Annual report on the lock hospitals of the Madras Presidency
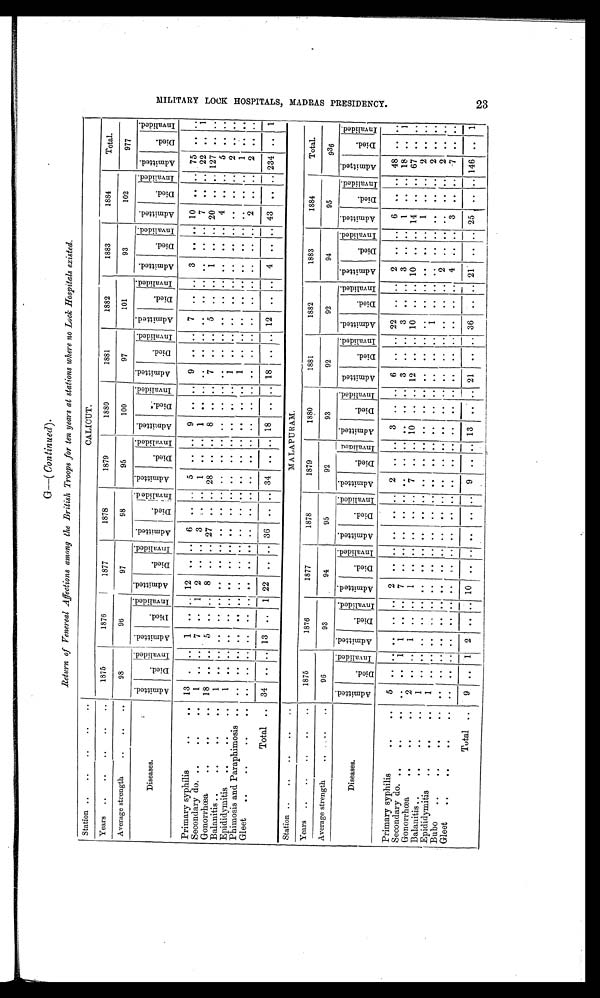
G-( Continued).
Return of Venereal Affections among the British Troops for ten years at stations where no Lock Hospitals existed.
Station .. .. .. .. ..
CALICUT.
Years ..
..
..
..
..
1875
1876
1877
1878
1879
1880
1881
1882
1883
1884
Total.
98
95
100
97
101
93
102
977
Average strength
..
..
..
98
96
97
D i s e a s e s .
A d m i t t e d .
D i e d .
I n v a l i d e d . A d m i t t e d .
D i e d .
I n v a l i d e d . A d m i t t e d .
D i e d .
I n v a l i d e d .
A d m i t t e d .
D i e d .
I n v a l i d e d . A d m i t t e d .
D i e d .
I n v a l i d e d . A d m i t t e d .
D i e d .
I n v a l i d e d . A d m i t t e d .
D i e d .
I n v a l i d e d . A d m i t t e d .
D i e d .
I n v a l i d e d . A d m i t t e d .
D i e d .
I n v a l i d e d . A d m i t t e d .
Di e d.
I n v a l i d e d . A d m i t t e d .
D i e d .
I n v a l i d e d .
Primary syphilis
. . .. 13
. . . . 1 .. .. 12 .. .. 6 .. .. 5 .. .. 9 .. .. 9 .. .. 7 .. .. 3 .. .. 10 .. .. 75
. . ..
Secondary do..
. .
. . 1 .. ..
7 .. 1 2 .. .. 3 .. .. 1 .. .. 1 .. ..
. . .. . . . . . . ..
. . . . .. 7 .. .. 22 . . 1
Gonorrhœa
..
. .
. . 18
.. . . 5 . . .. 8 .. .. 27 .. .. 28 .. .. 8 .. .. 7 .. .. 5 .. .. 1 .. .. 20 .. .. 127 .. ..
Balanitis ..
..
. .
. . 1
.. .. .. .. . .
. . . . . .
. . ..
. .
. . . . . . .. ..
. . .. . . . .
. . ..
. . . . .. 4 .. ..
5
. . ..
Epididymitis..
. .
. .
.. . . . .
. . . . . .
. . . . . .
. . ..
. .
. . . . . . .. ..
1 .. . . . .
. . ..
. . . . ..
. . .. ..
2 . . ..
Phimosis and Paraphimosis .. .. .. .. .. .. .. .. .. .. ..
. . ..
. .
. . . . . . .. ...
1 .. . . . .
. . ..
. . . . ..
. . .. ..
1 . . ..
Gleet ..
..
. .
.. . . . .
. . . . . .
. . . . . .
. . ..
. .
. . . . . . .. ..
. . .. . . . .
. . ..
. . . . ..
2 .. ..
2 . . ..
Total .. 34 .. .. 13 .. 1 22 .. .. 36 .. .. 34 .. .. 18
. . .. 18 .. . . 12 .. .. 4 .. .. 43 .. .. 234 .. 1
Station ..
..
. .
. .
MALAPURAM.
Years .. ..
..
..
..
1875
1876
1877
1878
1879
1880
1881
1882
1883
1884
Total.
Average strength..
. . ..
9 6
93
94
95
92
93
92
92
94
95
936
Diseases .
A d m i t t e d .
D i e d .
I n v a l i d e d . A d m i t t e d .
D i e d .
I n v a l i d e d . A d m i t t e d .
D i e d .
I n v a l i d e d . A d m i t t e d .
D i e d .
I n v a l i d e d .
A d m i t t e d .
D i e d .
I n v a l i d e d . A d m i t t e d .
D i e d .
I n v a l i d e d . A d m i t t e d .
D i e d .
I n v a l i d e d . A d m i t t e d .
D i e d .
I n v a l i d e d .
A d m i t t e d .
D i e d .
I n v a l i d e d . A d m i t t e d .
D i e d .
I n v a l i d e d .
A d m i t t e d .
D i e d .
I n v a l i d e d .
Primary syphilis
. .
. . 5
..
2
2 .. .. 3 .. .. 6 .. .. 22 .. .. 2 .. .. 6 , . .. 48 .. ..
Secondary do..
. .
. .
. .
. . 1 1 . . . . 7
3 .. .. 3 .. . . 3 .. .. 1 .. .. 18 .. 1
Gonorrhoza..
. .
. . 2 .. . , i .. .. 1 .........
7 .. .. 10 .. .. 12 .. .. 10 .. .. 10 .. .. 14 .. .. 67
Balamitis ....
. .
. . 1
.. . . . .
. .
. . . .
. .
. . . .
. . .. 1 1 1 .
. .
. . . .
. . .. . .
. . .. . .
. . .. . . . . .. 1 .. .. 2 . . . .
Epidiclymitis ..
. .
. . 1
..
2
Bubo
..
..
. .
. .
. . ..
.. .....................................................
2
2
Gleet
..
..
. .
. .
. . ..
— —
—
_
_
4
. .
_
3 .. .. -7
......
.. 25 .. .. 146 1
Total ..
9 ..
— 2 ..
—
.. 10 ......... 9
.
.. .. 13 .. .. 21 .. .. 36 .. .. 21 ..
0 M I L I T A R Y L O C K H O S P I T A L S , M A D R A S P R E S I D E N C Y .